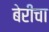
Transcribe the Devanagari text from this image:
बेरीचा